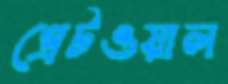
গ্রেটওয়াল